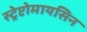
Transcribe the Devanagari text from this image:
स्ट्रेप्टोमायसिन